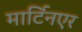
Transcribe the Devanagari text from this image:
मार्टिनएर